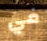
في